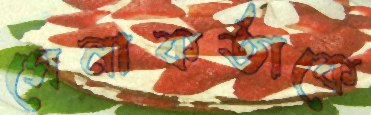
সেনাকর্তাকে